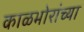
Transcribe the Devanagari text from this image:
काळभोरांच्या